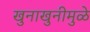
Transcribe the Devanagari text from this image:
खुनाखुनीमुळे